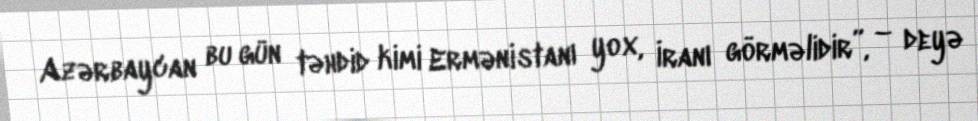
Azərbaycan bu gün təhdid kimi Ermənistanı yox, İranı görməlidir”, – deyə